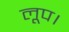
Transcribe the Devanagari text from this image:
लूप।